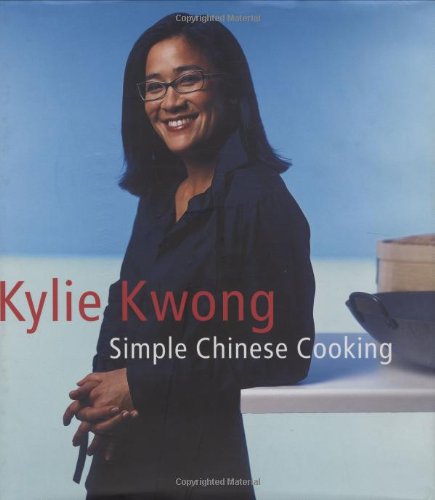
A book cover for Simple Chinese Cooking; Kylie Kwong; Cookbooks, Food & Wine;